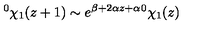
^ { 0 } \chi _ { 1 } ( z + 1 ) \sim e ^ { \beta + 2 \alpha z + \alpha } ^ { 0 } \chi _ { 1 } ( z )